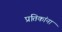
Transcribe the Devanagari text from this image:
प्रतिकांना